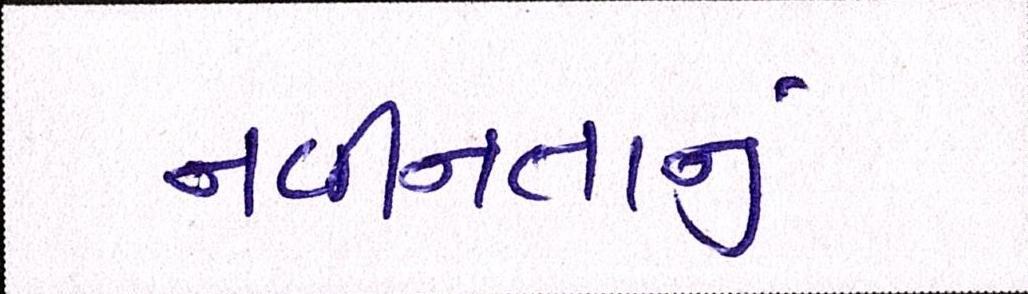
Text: નવીનતાનું